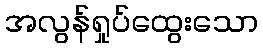
အလွန်ရှုပ်ထွေးသော